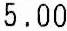
5.00